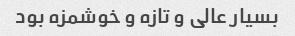
بسیار عالی و تازه و خوشمزه بود